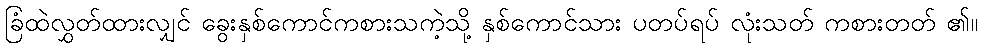
ခြံထဲလွှတ်ထားလျှင် ခွေးနှစ်ကောင်ကစားသကဲ့သို့ နှစ်ကောင်သား ပတပ်ရပ် လုံးသတ် ကစားတတ် ၏။